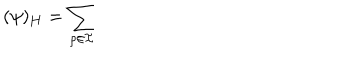
( \psi ) _ { \bf H } = \sum _ { \rho \in { \cal I } }